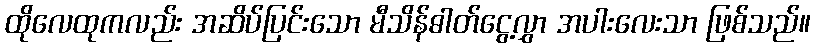
ထိုလေထုကလည်း အဆိပ်ပြင်းသော မီသိန်ဓါတ်ငွေ့လွှာ အပါးလေးသာ ဖြစ်သည်။